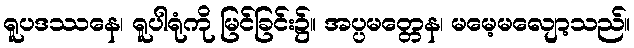
ရူပဒဿနေ၊ ရူပါရုံကို မြင်ခြင်း၌။ အပ္ပမတ္တေန၊ မမေ့မလျော့သည်။